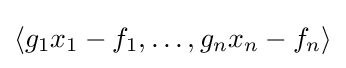
\langle g_{1}x_{1}-f_{1},\ldots ,g_{n}x_{n}-f_{n}\rangle